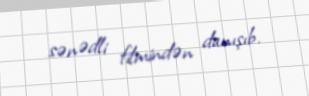
sənədli filmindən danışıb.